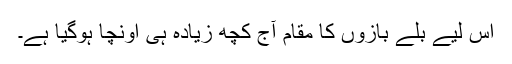
اس لیے بلّے بازوں کا مقام آج کچھ زیادہ ہی اونچا ہوگیا ہے۔